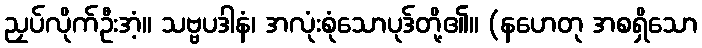
ညှပ်လိုက်ဦးအံ့။ သဗ္ဗပဒါနံ၊ အလုံးစုံသောပုဒ်တို့၏။ (နဟေတု အစရှိသော